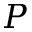
P